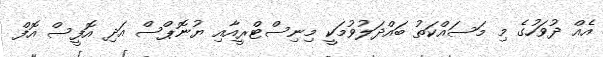
އެއް ދުވަހުގެ މި މަސައްކަތު ބައްދަލުވުމަކީ މިނިސްޓްރީއާއި ޔުނޮޕްސް އަދި އޮފީސް އޮފް